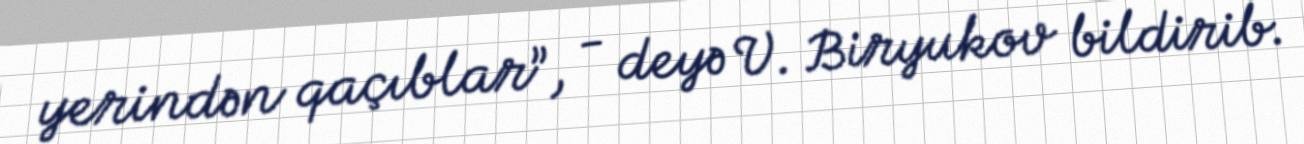
yerindən qaçıblar”, - deyə V. Biryukov bildirib.